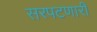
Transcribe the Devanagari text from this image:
सरपटणारी